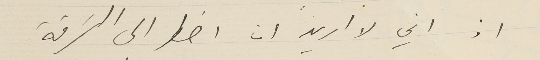
اذ اني لا اريد ان اضطر الى السَرقة